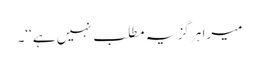
میرا ہر گز یہ مطلب نہیں ہے‘‘۔